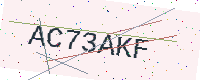
Text: AC73AKF